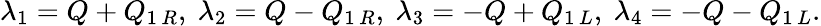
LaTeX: \lambda_{1}=Q+Q_{1\, R},\ \lambda_{2}=Q-Q_{1\, R},\ \lambda_{3}=-Q+Q_{1\, L},\ \lambda_{4}=-Q-Q_{1\, L}.